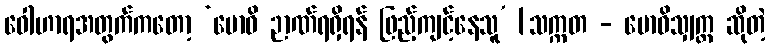
ဝေါဟာရအတွက်ကတော့ ‘ဗောဓိ ဉာဏ်ရရှိရန် ဖြည့်ကျင့်နေသူ’ [သက္ကတ - ဗောဓိသျှက္တ ဆိုတဲ့